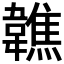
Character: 𩏢